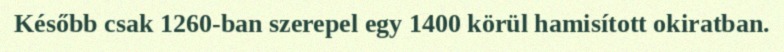
Később csak 1260-ban szerepel egy 1400 körül hamisított okiratban.